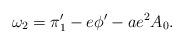
LaTeX: \begin{align*}\omega_2 = \pi_1' - e\phi'- ae^2A_0.\end{align*}